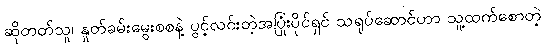
ဆိုတတ်သူ၊ နှုတ်ခမ်းမွေးစစနဲ့ ပွင့်လင်းတဲ့အပြုံးပိုင်ရှင် သရုပ်ဆောင်ဟာ သူ့ထက်စောတဲ့